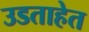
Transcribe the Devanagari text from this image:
उडताहेत